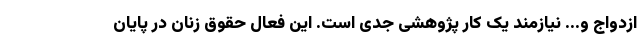
ازدواج و... نیازمند یک کار پژوهشی جدی است. این فعال حقوق زنان در پایان